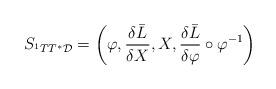
LaTeX: \begin{align*}S_{^{1}TT^{\ast }\mathcal{D}}=\left( \varphi ,\frac{\delta \bar{L}}{\delta X},X,\frac{\delta \bar{L}}{\delta \varphi }\circ \varphi ^{-1}\right)\end{align*}